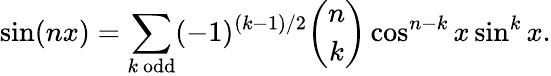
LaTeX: \sin(nx)=\sum_{k{\mathrm{~odd}}}(-1)^{(k-1)/2}{\binom{n}{k}}\cos^{n-k}x\sin^{k}x.